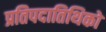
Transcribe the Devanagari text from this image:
प्रतिपदातिथिको